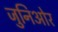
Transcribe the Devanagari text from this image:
जुनिओर